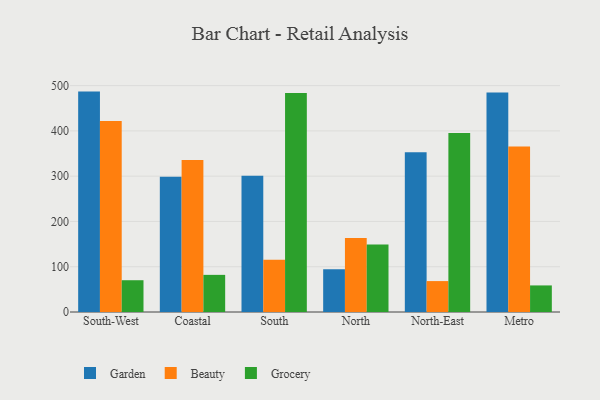
{"axis": {"x": "Region", "y": "Gross Profit (USD K)"}, "legend": ["Beauty", "Garden", "Grocery"], "data": [{"x": "South-West", "y": 486.8, "type": "Garden"}, {"x": "South-West", "y": 421.6, "type": "Beauty"}, {"x": "South-West", "y": 70.2, "type": "Grocery"}, {"x": "Coastal", "y": 298.6, "type": "Garden"}, {"x": "Coastal", "y": 335.9, "type": "Beauty"}, {"x": "Coastal", "y": 82.0, "type": "Grocery"}, {"x": "South", "y": 300.9, "type": "Garden"}, {"x": "South", "y": 115.6, "type": "Beauty"}, {"x": "South", "y": 483.8, "type": "Grocery"}, {"x": "North", "y": 94.2, "type": "Garden"}, {"x": "North", "y": 163.3, "type": "Beauty"}, {"x": "North", "y": 149.0, "type": "Grocery"}, {"x": "North-East", "y": 353.0, "type": "Garden"}, {"x": "North-East", "y": 68.3, "type": "Beauty"}, {"x": "North-East", "y": 395.6, "type": "Grocery"}, {"x": "Metro", "y": 485.0, "type": "Garden"}, {"x": "Metro", "y": 365.8, "type": "Beauty"}, {"x": "Metro", "y": 58.7, "type": "Grocery"}]}